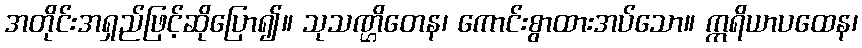
အတိုင်းအရှည်ဖြင့်ဆိုပြော၍။ သုသဏ္ဌိတေန၊ ကောင်းစွာထားအပ်သော။ ဣရိယာပထေန၊